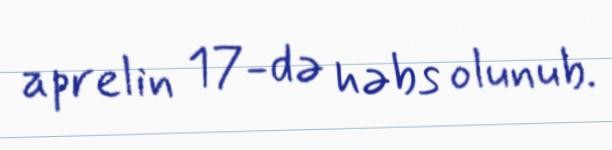
aprelin 17-də həbs olunub.